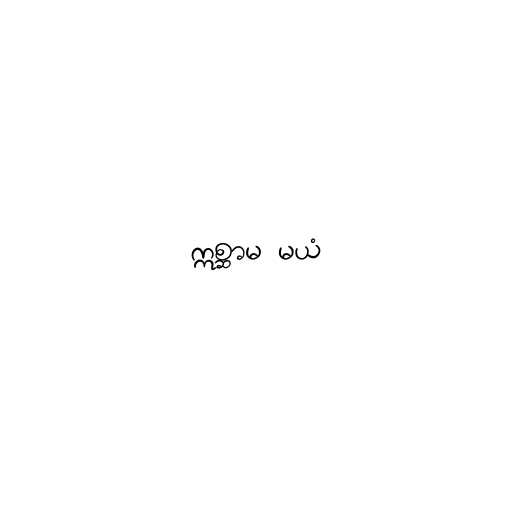
ဣစ္ဆာမ မယံ